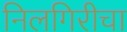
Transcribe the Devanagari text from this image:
निलगिरीचा